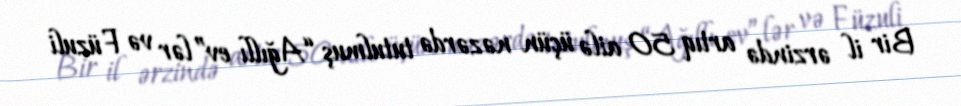
Bir il ərzində artıq 50 ailə üçün nəzərdə tutulmuş “Ağıllı ev”lər və Füzuli